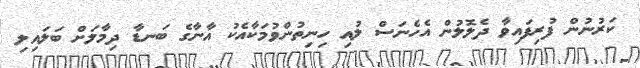
ކަރުނުން ފުރިފައިވާ ދެލޮލުން އެހެނަސް ލުއި ހިނިތުންވުމަކާއެކު އާނާގެ ބަނޑާ ދިމާލަށް ބަލައިލި